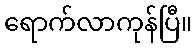
ရောက်လာကုန်ပြီ။